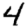
Digit: 4